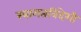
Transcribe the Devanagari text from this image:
स्वागतविदेशी